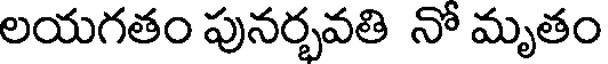
లయగతం పునర్భవతి నో మృతం